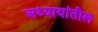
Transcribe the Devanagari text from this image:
अध्यायांतील